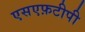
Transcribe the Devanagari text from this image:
एसएफ़टीपी